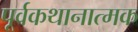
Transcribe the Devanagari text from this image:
पूर्वकथानात्मक